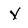
Character: y